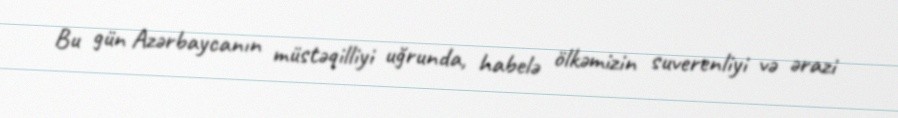
Bu gün Azərbaycanın müstəqilliyi uğrunda, habelə ölkəmizin suverenliyi və ərazi